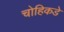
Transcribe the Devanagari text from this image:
चोहिकडे